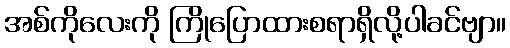
အစ်ကိုလေးကို ကြိုပြောထားစရာရှိလို့ပါခင်ဗျာ။